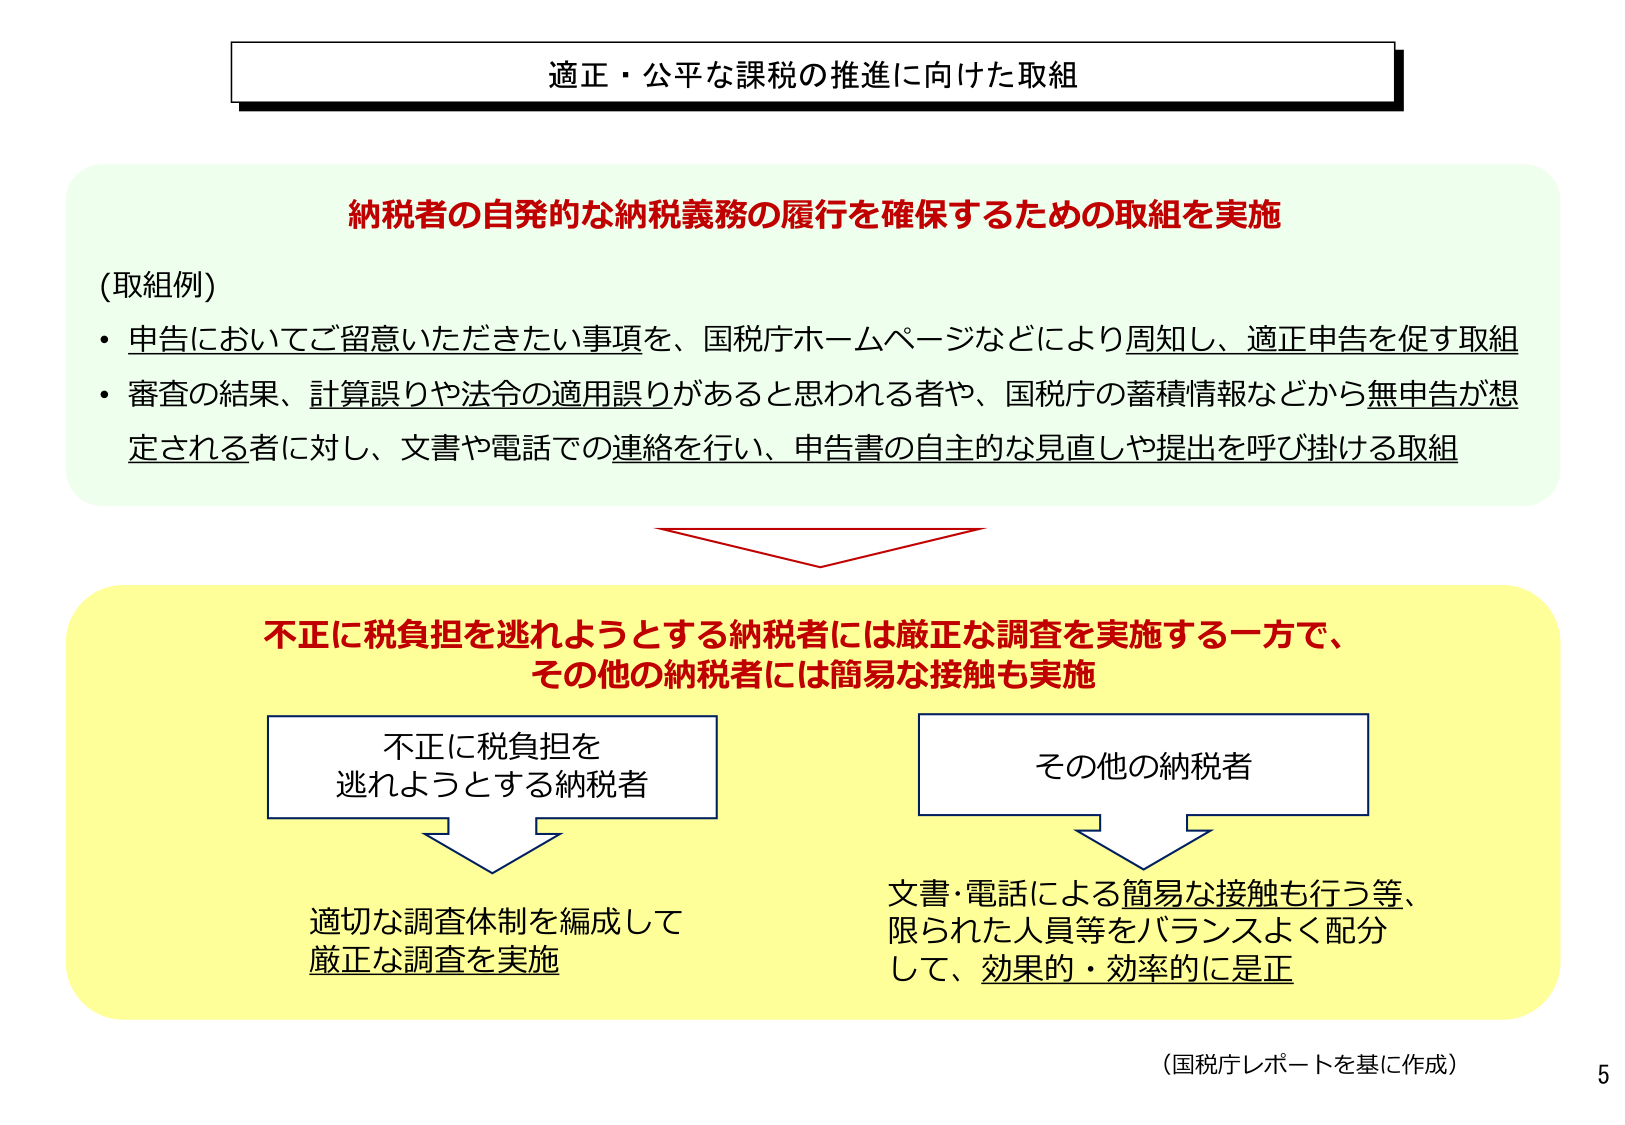
適正・公平な課税の推進に向けた取組

納税者の自発的な納税義務の履行を確保するための取組を実施

（取組例）
・申告においてご留意いただきたい事項を、国税庁ホームページなどにより周知し、適正申告を促す取組
・審査の結果、計算誤りや法令の適用誤りがあると思われる者や、国税庁の蓄積情報などから無申告が想定される者に対し、文書や電話での連絡を行い、申告書の自主的な見直しや提出を呼び掛ける取組

不正に税負担を逃れようとする納税者には厳正な調査を実施する一方で、
その他の納税者には簡易な接触も実施

不正に税負担を
逃れようとする納税者

適切な調査体制を編成して
厳正な調査を実施

その他の納税者

文書・電話による簡易な接触も行う等、
限られた人員等をバランスよく配分
して、効果的・効率的に是正

（国税庁レポートを基に作成）
5